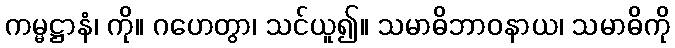
ကမ္မဋ္ဌာနံ၊ ကို။ ဂဟေတွာ၊ သင်ယူ၍။ သမာဓိဘာဝနာယ၊ သမာဓိကို